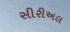
સીરીઅલ